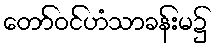
တော်ဝင်ဟံသာခန်းမ၌